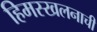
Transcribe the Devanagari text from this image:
हिमस्खलनाची